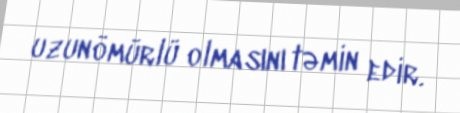
uzunömürlü olmasını təmin edir.